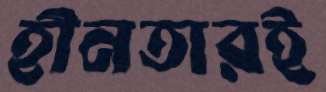
হীনতারই